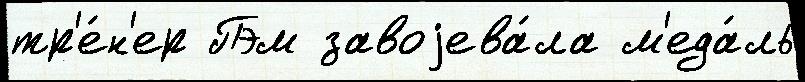
тр'е́н'ер Пэм завоjева́ла м'еда́ль